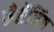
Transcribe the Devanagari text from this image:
मैसेंजिंग